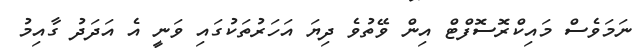
ނަމަވެސް މައިކްރޮސޮފްޓް އިން ވޭތުވެ ދިޔަ އަހަރުތަކުގައި ވަނީ އެ އަދަދު ގާއިމު